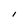
Character: I